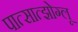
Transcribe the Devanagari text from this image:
पात्सात्झोग्लू